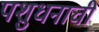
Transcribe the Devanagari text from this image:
पशुधनाची